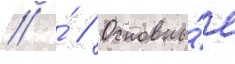
// ́ // Основны́е